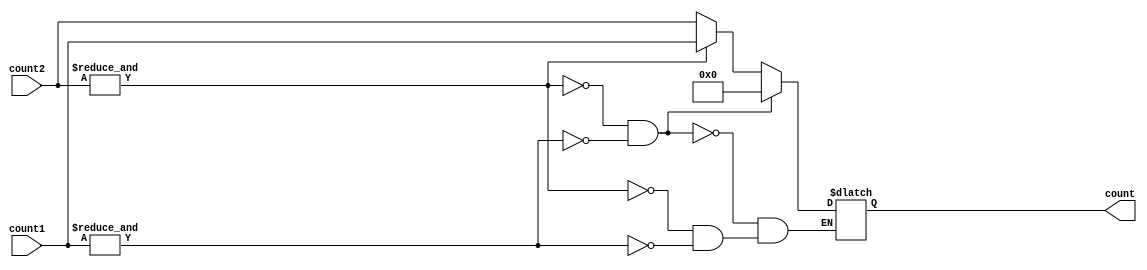
`timescale 1ns / 1ps
//////////////////////////////////////////////////////////////////////////////////
// Company: 
// Engineer: 
// 
// Design Name: 
// Module Name:    comp 
// Project Name: 
// Target Devices: 
// Tool versions: 
// Description: 
//
// Dependencies: 
//
// Revision: 
// Revision 0.01 - File Created
// Additional Comments: 
//
//////////////////////////////////////////////////////////////////////////////////
module comp(input [7:0] count2,input [7:0] count1,
            
            output reg [7:0] count
    );
    

	 
always@(count1 or count2 )
	begin		
			
			
			if(&count1)
				begin
				count<= count2[7:0];
			
				end
				
			if(&count2)
				begin
				count<= count1[7:0];
				
            end
				
				if(!(&count2) & !(&count1))
				begin
				count<= 0;
				
            end
			
			/*if((&count1))	
				begin
					if((&count2))
						begin
						out<=1;
						end
				end		*/
	end
	
endmodule